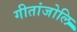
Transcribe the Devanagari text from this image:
गीतांजोलि